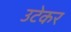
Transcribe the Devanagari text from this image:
उटेकर